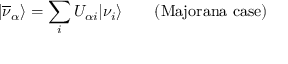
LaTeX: | \overline { { { \nu } } } _ { \alpha } \rangle = \sum _ { i } U _ { { \alpha } i } | \nu _ { i } \rangle \qquad ( { \mathrm { M a j o r a n a \, \, c a s e } } )